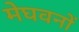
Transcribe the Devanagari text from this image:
मेघवनों